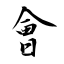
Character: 會